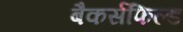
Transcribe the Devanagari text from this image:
बैकर्सफिल्ड